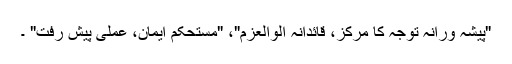
"پیشہ ورانہ توجہ کا مرکز، قائدانہ الوالعزم"، "مستحکم ایمان، عملی پیش رفت" ۔